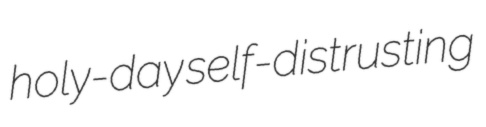
holy-day self-distrusting